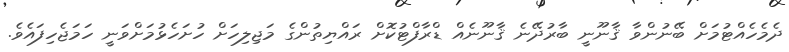
ދެމެހެއްޓުމަށް ބޭނުންވާ ޤާނޫނީ ބާރުދޭނެ ޤާނޫނެއް ޑްރާފްޓުކޮށް ރައްޔިތުންގެ މަޖިލިހަށް ހުށަހެޅުމަށްވަނީ ހަމަޖެހިފައެވެ.